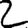
Digit: 2